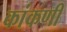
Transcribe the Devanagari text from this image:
कांकणी